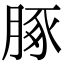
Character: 䐁